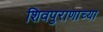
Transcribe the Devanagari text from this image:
शिवपुराणाच्या